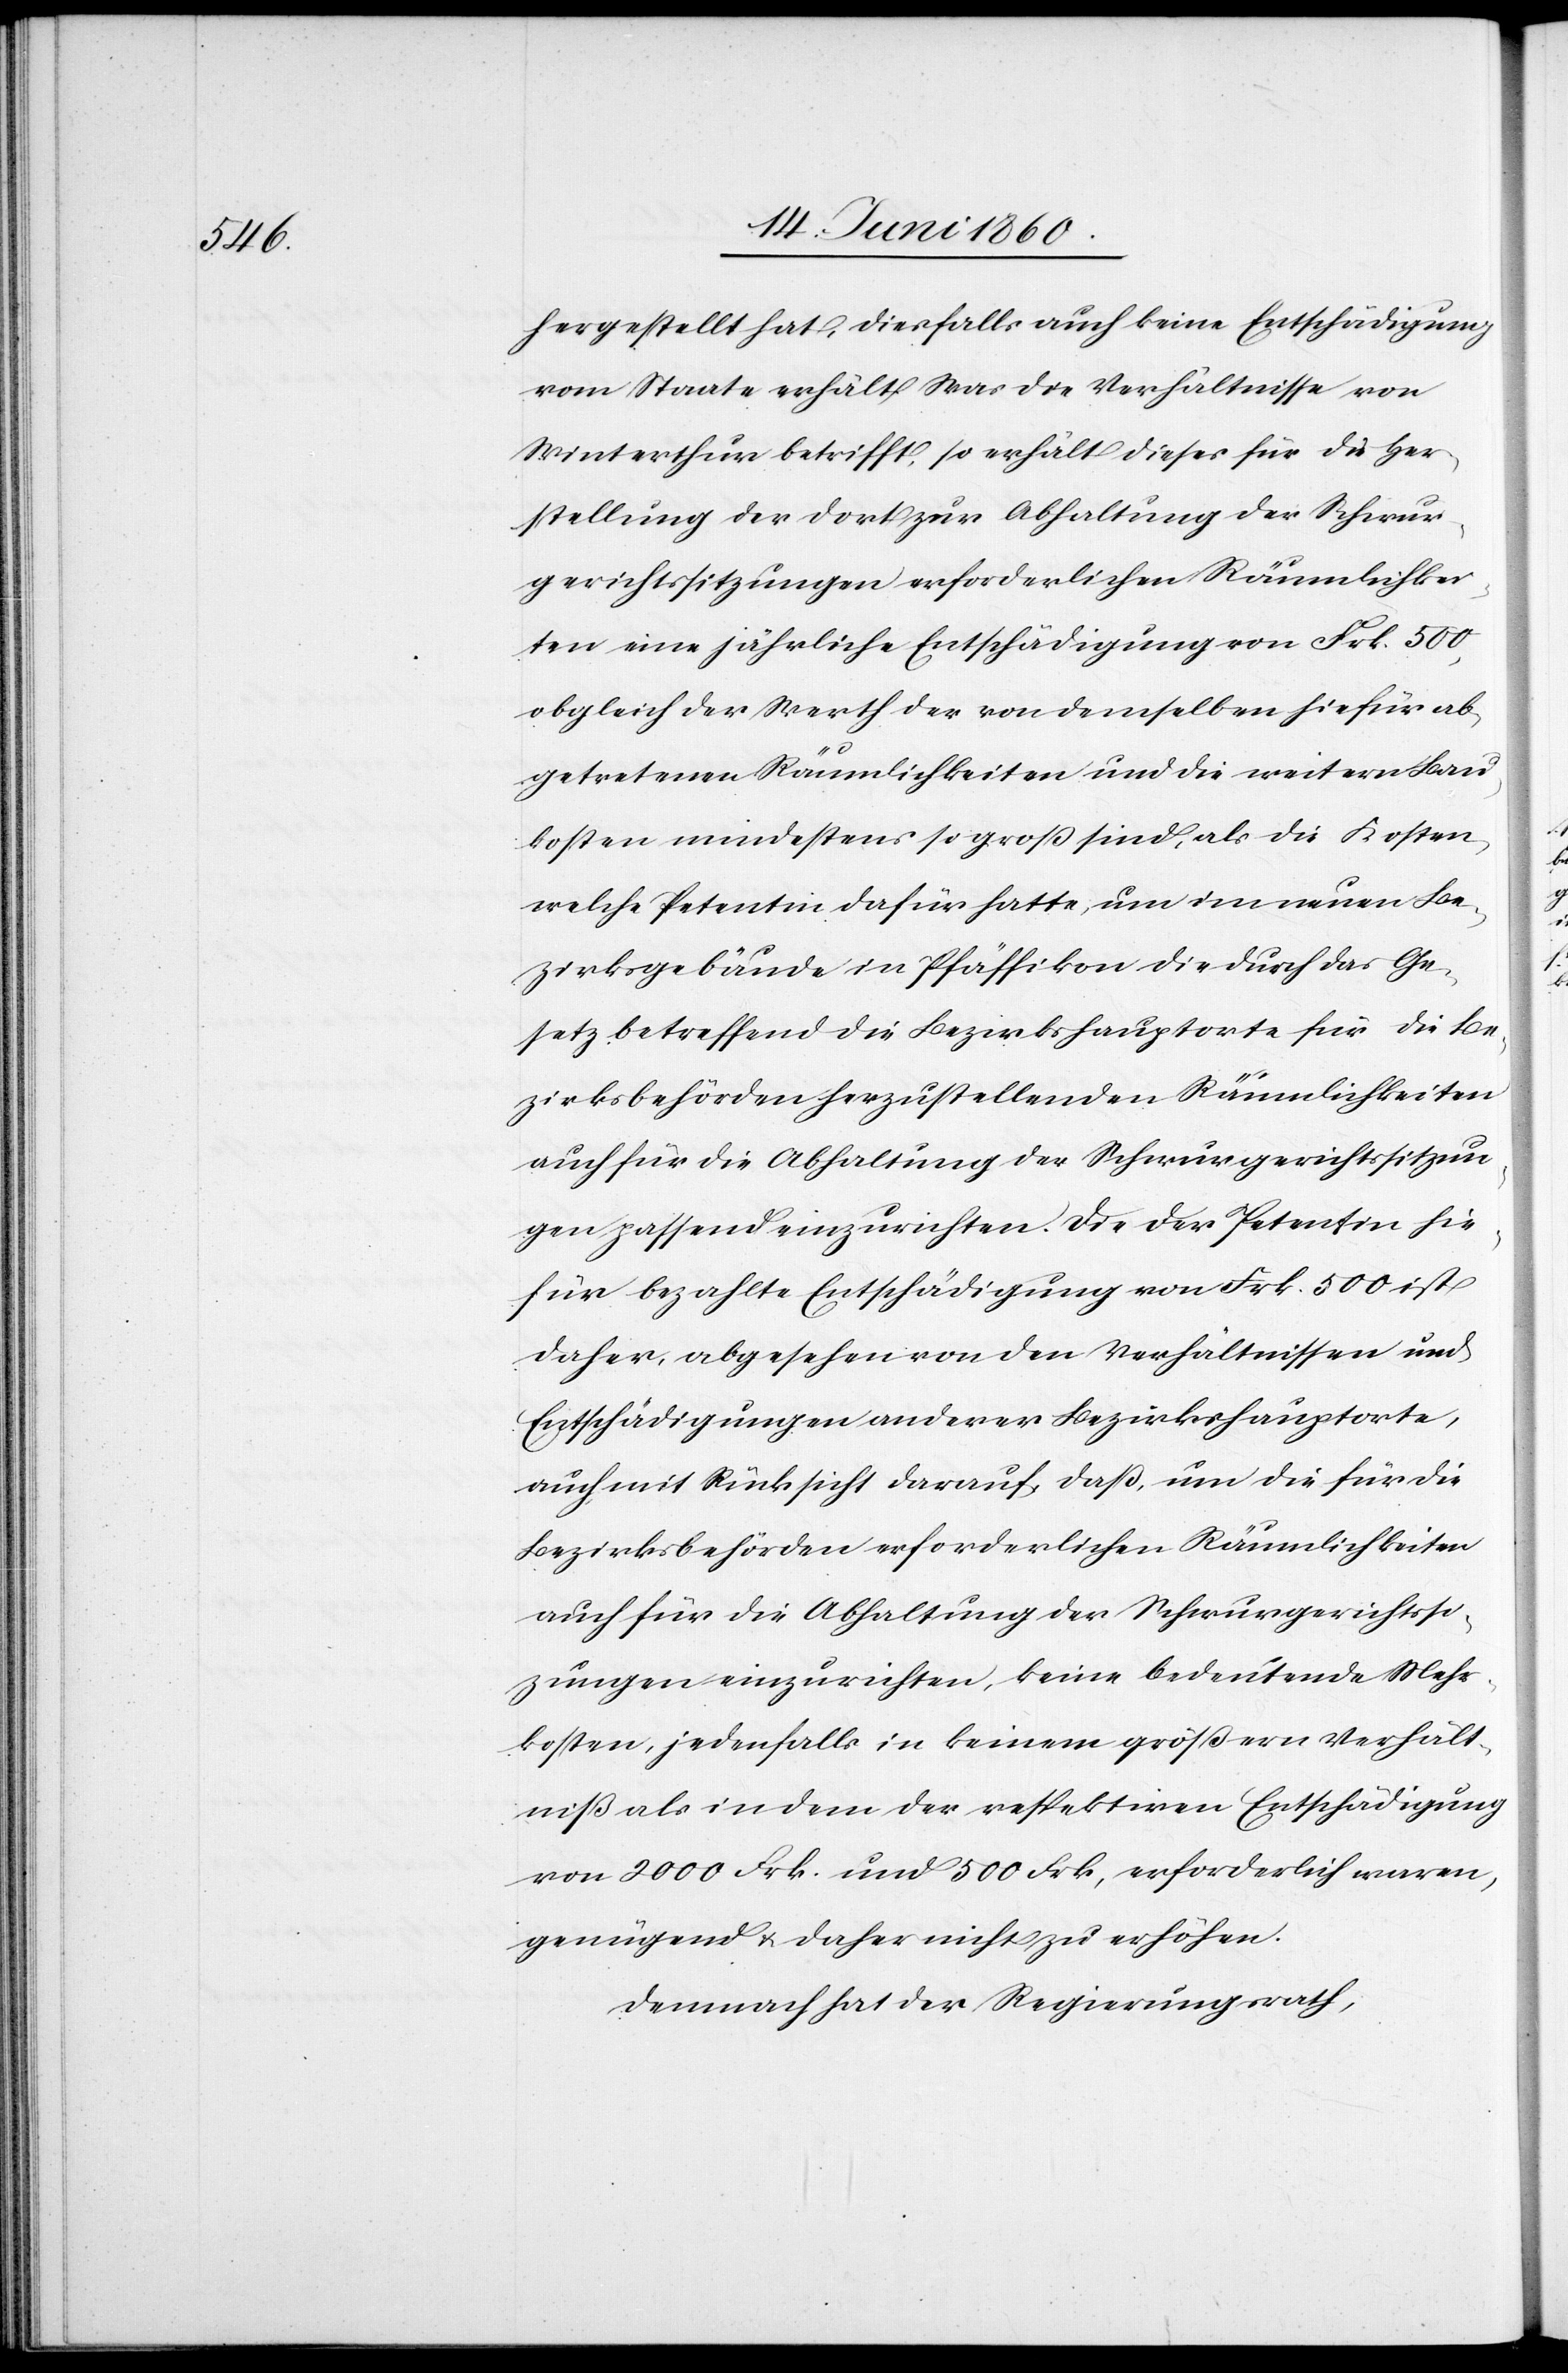
hergestellt hat, diesfalls auch keine Entschädigung
vom Staate erhält. Was die Verhältnisse von
Winterthur betrifft, so erhält dieses für die Her¬
stellung der dort zur Abhaltung der Schwur¬
gerichtssitzungen erforderlichen Räumlichkei¬
ten eine jährliche Entschädigung von Frk. 500,
obgleich der Werth der von demselben hiefür ab¬
getretenen Räumlichkeiten und die weitern Bau¬
kosten mindestens so gross sind, als die Kosten,
welche Petentin dafür hatte, um im neuen Be¬
zirksgebäude in Pfäffikon die durch das Ge¬
setz betreffend die Bezirkshauptorte für die Be¬
zirksbehörden herzustellenden Räumlichkeiten
auch für die Abhaltung der Schwurgerichtssitzun¬
gen passend einzurichten. Die der Petentin hie¬
für bezahlte Entschädigung von Frk. 500 ist
daher, abgesehen von den Verhältnissen und
Entschädigungen anderer Bezirkshauptorte,
auch mit Rücksicht darauf, dass, um die für die
Bezirksbehörden erforderlichen Räumlichkeiten
auch für die Abhaltung der Schwurgerichtssi¬
zungen einzurichten, keine bedeutende Mehr¬
kosten, jedenfalls in keinem größern Verhält¬
niß als in dem der respektiven Entschädigung
von 2000 Frk. und 500 Frk, erforderlich waren,
genügend u. daher nicht zu erhöhen.
Demnach hat der Regierungsrath,